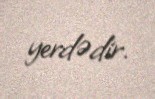
yerdədir.